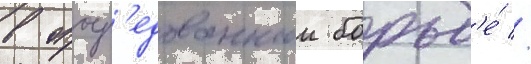
в опоср'едованнои борьб'е́ //